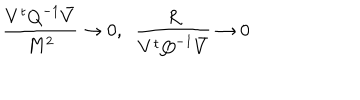
LaTeX: \frac { V ^ { t } { Q } ^ { - 1 } \bar { V } } { M ^ { 2 } } \to 0 , \; \; \frac { R } { V ^ { t } { Q } ^ { - 1 } \bar { V } } \to 0